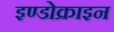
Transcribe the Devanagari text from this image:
इण्डोक्राइन